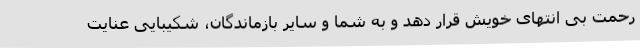
رحمت بی انتهای خویش قرار دهد و به شما و سایر بازماندگان، شکیبایی عنایت